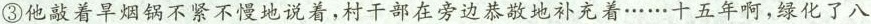
③他敲着旱烟锅不紧不慢地说着，村干部在旁边恭敬地补充着……十五年啊，绿化了八